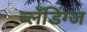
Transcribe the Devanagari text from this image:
ब्लँडिंग्ज